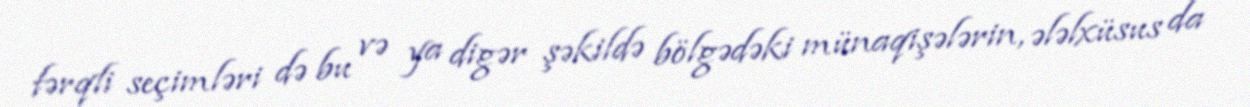
fərqli seçimləri də bu və ya digər şəkildə bölgədəki münaqişələrin, ələlxüsus da